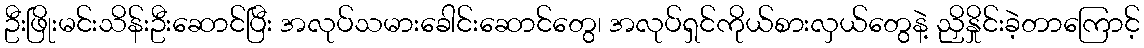
ဦးဖြိုးမင်းသိန်းဦးဆောင်ပြီး အလုပ်သမားခေါင်းဆောင်တွေ၊ အလုပ်ရှင်ကိုယ်စားလှယ်တွေနဲ့ ညှိနှိုင်းခဲ့တာကြောင့်